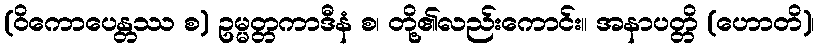
(ဝိကောပေန္တဿ စ) ဥမ္မတ္တကာဒီနံ စ၊ တို့၏လည်းကောင်း။ အနာပတ္တိ (ဟောတိ)၊